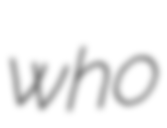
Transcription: who